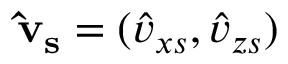
\mathbf { \hat { v } _ { s } } = ( \hat { v } _ { x s } , \hat { v } _ { z s } )